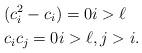
LaTeX: \begin{align*}& (c_i^2 - c_i) =0 i > \ell\\& c_i c_j =0 i > \ell, j > i.\end{align*}